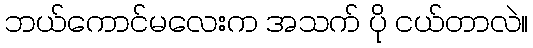
ဘယ်ကောင်မလေးက အသက် ပို ငယ်တာလဲ။